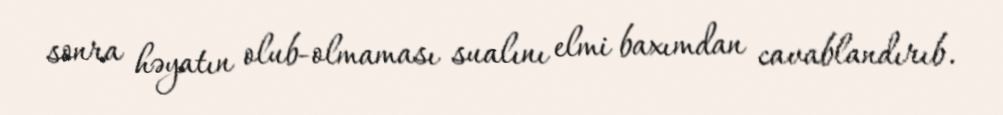
sonra həyatın olub-olmaması sualını elmi baxımdan cavablandırıb.